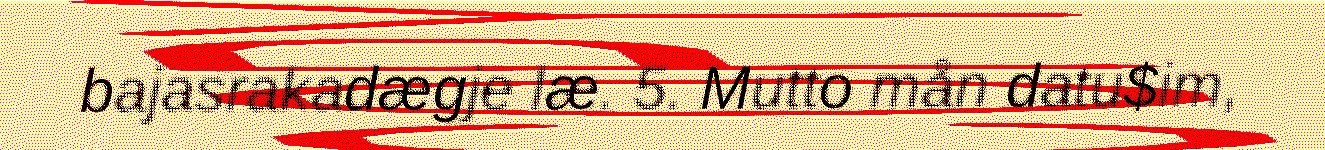
bajasrakadægje læ. 5. Mutto mån datu$im,